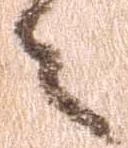
之